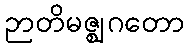
ဉာတိမဇ္ဈဂတော